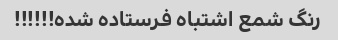
رنگ شمع اشتباه فرستاده شده!!!!!!